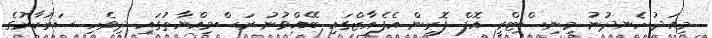
މިއަދު ހެނދުނު މިނިސްޓްރީ އޮފް ފޮރިން އެފެއާޒްގައި ބޭއްވުުނު ރަސްމިއްޔާތުގައި ދިވެހި ސަރުކާރުގެ